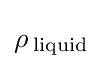
\rho \,_{\rm {liquid}}